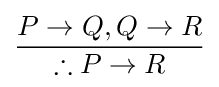
{\frac {P\to Q,Q\to R}{\therefore P\to R}}